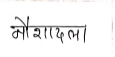
मजकूर: नौशादला